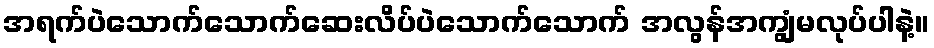
အရက်ပဲသောက်သောက်ဆေးလိပ်ပဲသောက်သောက် အလွန်အကျွံမလုပ်ပါနဲ့။